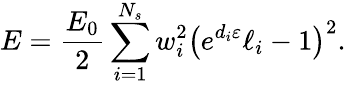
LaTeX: E=\frac{E_{0}}{2}\sum_{i=1}^{N_{s}}{w_{i}^{2}\big(e^{d_{i}\varepsilon}\ell_{i}-1\big)^{2}}.